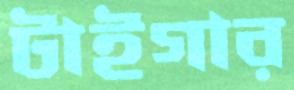
টাইগার